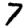
Digit: 7